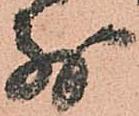
別